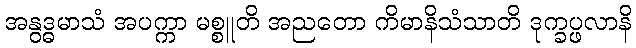
အနွဒ္ဓမာသံ အပက္ကာ မစ္စူတိ အညတော ကိမာနိသံသာတိ ဒုက္ခပ္ဖလာနိ